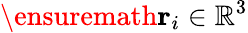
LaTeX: \ensuremath\mathbf{r}_{i}\in\mathbb{R}^{3}